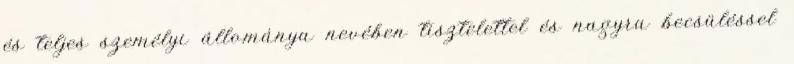
és teljes személyi állománya nevében tisztelettel és nagyra becsüléssel